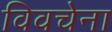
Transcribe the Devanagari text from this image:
विवचेना